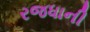
રજધાની